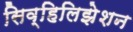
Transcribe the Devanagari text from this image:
सिव्हिलिझेशन